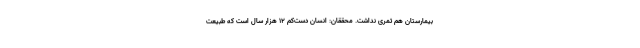
بیمارستان هم ثمری نداشت. محققان: انسان دست‌کم ۱۲ هزار سال است که طبیعت